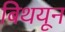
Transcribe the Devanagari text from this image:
बिथयून